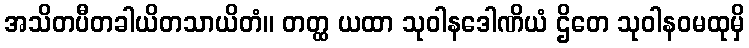
အသိတပီတခါယိတသာယိတံ။ တတ္ထ ယထာ သုဝါနဒေါဏိယံ ဌိတေ သုဝါနဝမထုမှိ